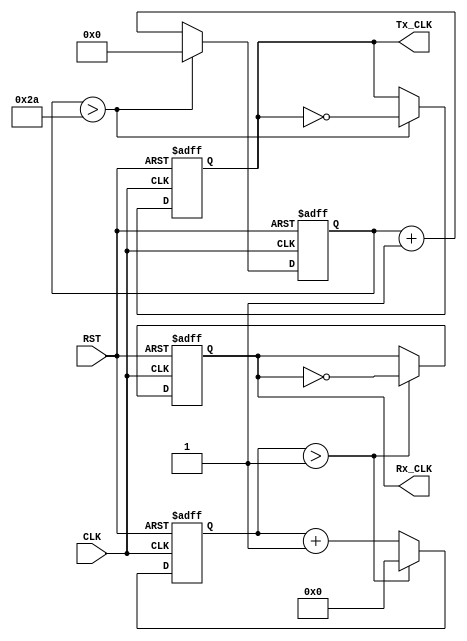
`timescale 1ns / 1ps
//////////////////////////////////////////////////////////////////////////////////
// Company: 
// Engineer: 
// 
// Design Name: 
// Module Name: boadRateGen
// Project Name: 
// Target Devices: 
// Tool Versions: 
// Description: 
// 
// Dependencies: 
// 
// Revision:
// Revision 0.01 - File Created
// Additional Comments:
// 
//////////////////////////////////////////////////////////////////////////////////


module boadRateGen#(parameter SYSCLK = 10000000, BAUD = 115200, OSR = 16)
                  (input  CLK, RST,
                   output reg Rx_CLK,Tx_CLK);

    localparam clkPerBd = SYSCLK/(BAUD),
               rxCLKprd = clkPerBd/OSR;
    
    //reg [$clog2(rxCLKprd) : 0]countRX;
    reg [$clog2(clkPerBd) : 0]countTX;
    reg [8 : 0]countRX;
    //reg [8 : 0]countTX;
    always@(posedge CLK or posedge RST)begin
        if(RST) begin 
        Rx_CLK <= 0;
        Tx_CLK <= 0;
        countRX <= 0;
        countTX <= 0;
        end
        else if(countRX > ((rxCLKprd/2) -1)) begin 
            if(countTX > ((clkPerBd/2) -1)) begin 
                Tx_CLK <= ~Tx_CLK;
                countTX <= 0;
            end else begin
                countTX <= countTX+1;
            end
            Rx_CLK <= ~Rx_CLK;
            countRX <= 0;
        end else begin
            if(countTX > ((clkPerBd/2) -1)) begin 
                Tx_CLK <= ~Tx_CLK;
                countTX <= 0;
            end else begin
                countTX <= countTX+1;
            end
            countRX <= countRX+1;
        end
    end

    


endmodule